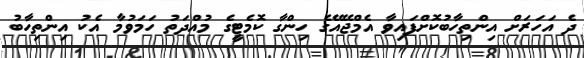
ދެ އަހަރަށް އިންތިހާބުކޮށްފައިވާ އެމްޖޭއޭގެ ހިންގާ ކޮމެޓީގެ މުއްދަތު ހަމަވުމާ އެކު އިންތިހާބު